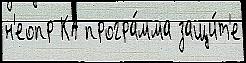
н'еопр КА програ́мма защи́т'е